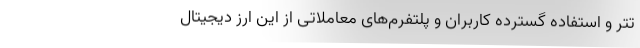
تتر و استفاده گسترده کاربران و پلتفرم‌های معاملاتی از این ارز دیجیتال